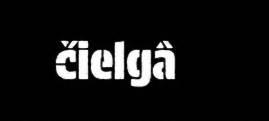
čielgâ